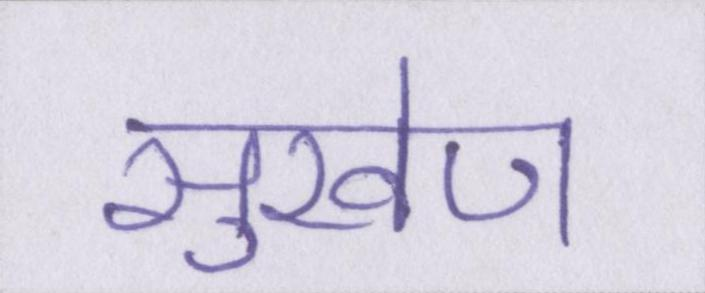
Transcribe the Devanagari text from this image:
सुखेण